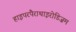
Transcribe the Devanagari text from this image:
हाइपरपैराथाइरोडिज़म